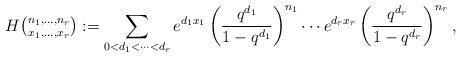
\begin{align*}H\tbinom{n_1,\ldots,n_r}{x_1,\ldots,x_r} :=\sum_{0<d_1<\cdots<d_r} e^{d_1x_1}\left(\frac{q^{d_1}}{1-q^{d_1}}\right)^{n_1} \cdots e^{d_rx_r}\left(\frac{q^{d_r}}{1-q^{d_r}}\right)^{n_r},\end{align*}